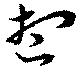
想